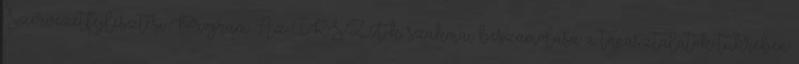
Szervezetfejlesztési Program Az IKSZT-k szakmai beszámolása a tapasztalatok tükrében